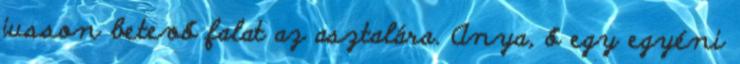
jusson betevő falat az asztalára. Anya, ő egy egyéni